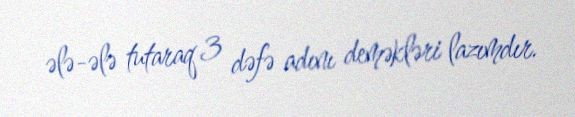
ələ-ələ tutaraq 3 dəfə adını deməkləri lazımdır.